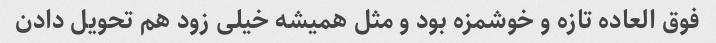
فوق العاده تازه و خوشمزه بود و مثل همیشه خیلی زود هم تحویل دادن